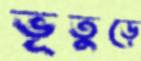
ভূতুড়ে